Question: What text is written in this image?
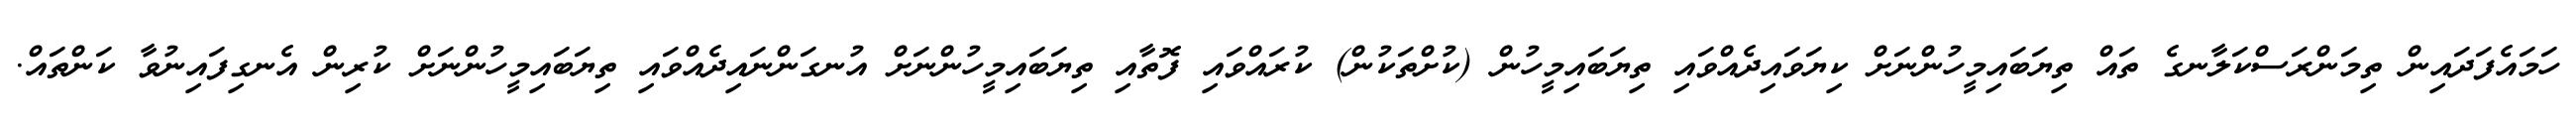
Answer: ހަމައެފަދައިން ތިމަންރަސްކަލާނގެ ތައް ތިޔަބައިމީހުންނަށް ކިޔަވައިދެއްވައި ތިޔަބައިމީހުން (ކުށްތަކުން) ކުރައްވައި ފޮތާއި ތިޔަބައިމީހުންނަށް އުނގަންނައިދެއްވައި ތިޔަބައިމީހުންނަށް ކުރިން އެނގިފައިނުވާ ކަންތައް.